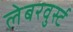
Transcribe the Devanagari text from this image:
लेबरवुर्स्ट